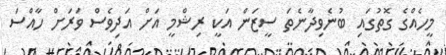
މީހެއްގެ ގޮތުގައި ބުނެވިދާނެތަ ސީޒަން އަކީ ރިޝްމީ އަށް އަދިވެސް ވަރަށް ހާއްސަ